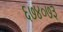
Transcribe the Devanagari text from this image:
६७४०७३